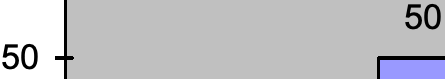
50 50